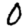
Digit: 0